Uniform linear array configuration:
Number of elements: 64
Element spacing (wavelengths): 1
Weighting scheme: blackman
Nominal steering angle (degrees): -15
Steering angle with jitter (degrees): -16.372
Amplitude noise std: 0.05
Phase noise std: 0.05

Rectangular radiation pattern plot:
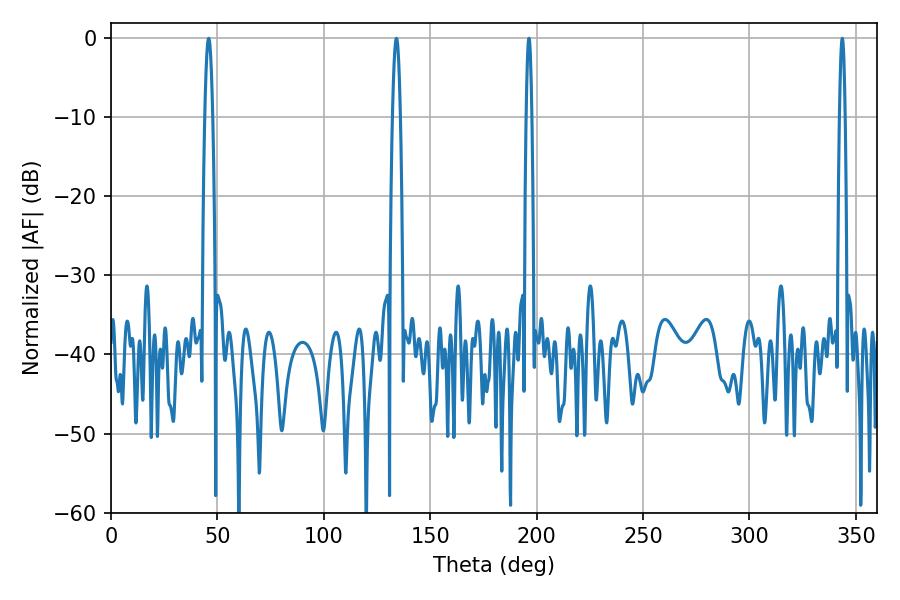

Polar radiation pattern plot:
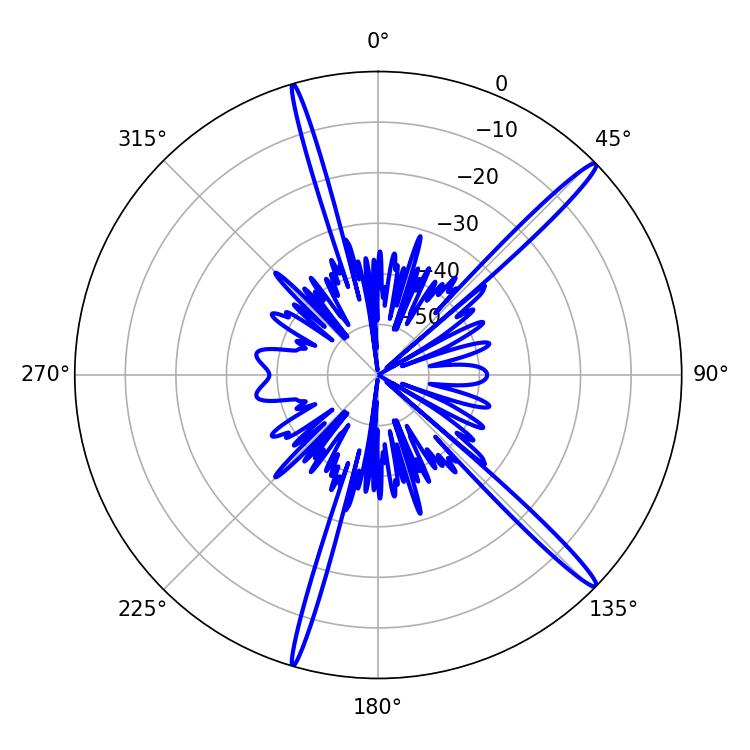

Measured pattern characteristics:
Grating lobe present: TRUE
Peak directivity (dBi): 16.983
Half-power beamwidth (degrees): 1.44
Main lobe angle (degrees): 343.62